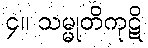
၄။ သမ္မုတိကုဋိ